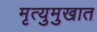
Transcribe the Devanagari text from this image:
मृत्युमुखात